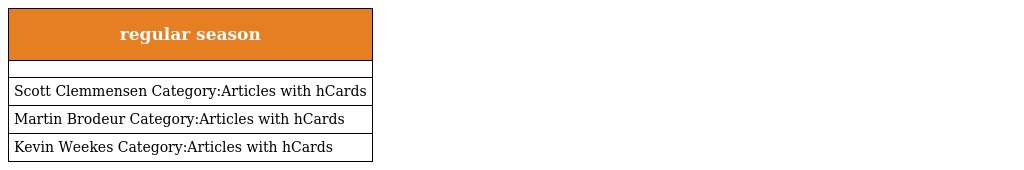
| regular season |
 | --- |
 |  |
 | Scott Clemmensen Category:Articles with hCards |
 | Martin Brodeur Category:Articles with hCards |
 | Kevin Weekes Category:Articles with hCards |